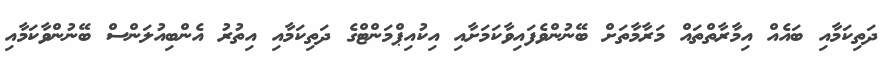
ދަތިކަމާއި ބައެއް އިމާރާތްތައް މަރާމާތަށް ބޭނުންވެފައިވާކަމަށާއި އިކުއިޕްމަންޓްގެ ދަތިކަމާއި އިތުރު އެންބިއުލަންސް ބޭނުންވާކަމާއި